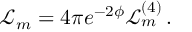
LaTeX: \mathcal { L } _ { m } = 4 \pi e ^ { - 2 \phi } \mathcal { L } _ { m } ^ { ( 4 ) } \, .